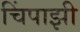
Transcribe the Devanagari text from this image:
चिंपाझी